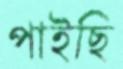
পাইছি